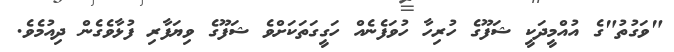
"ވަގުތު"ގެ އުއްމީދަކީ ޝަފޫގެ ހުރިހާ ހުވަފެނެއް ހަގީގަތަކަށްވެ ޝަފޫގެ ވިޔަފާރި ފުޅާވެގެން ދިއުމެވެ.